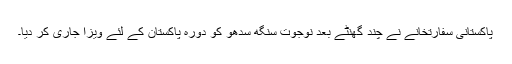
پاکستانی سفارتخانے نے چند گھنٹے بعد نوجوت سنگھ سدھو کو دورہ پاکستان کے لئے ویزا جاری کر دیا۔